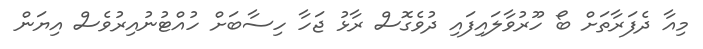
މިއާ ދެފަރާތަށް ބޯ ހޫރުވާލައިފައި ދުވެގޮސް ރާޅު ޖަހާ ހިސާބަށް ހުއްޓުނުއިރުވެސް އިޔަން